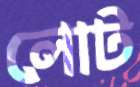
লোট